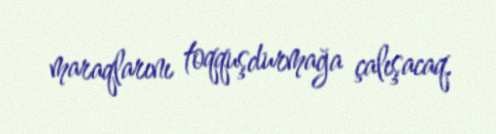
maraqlarını toqquşdurmağa çalışacaq.